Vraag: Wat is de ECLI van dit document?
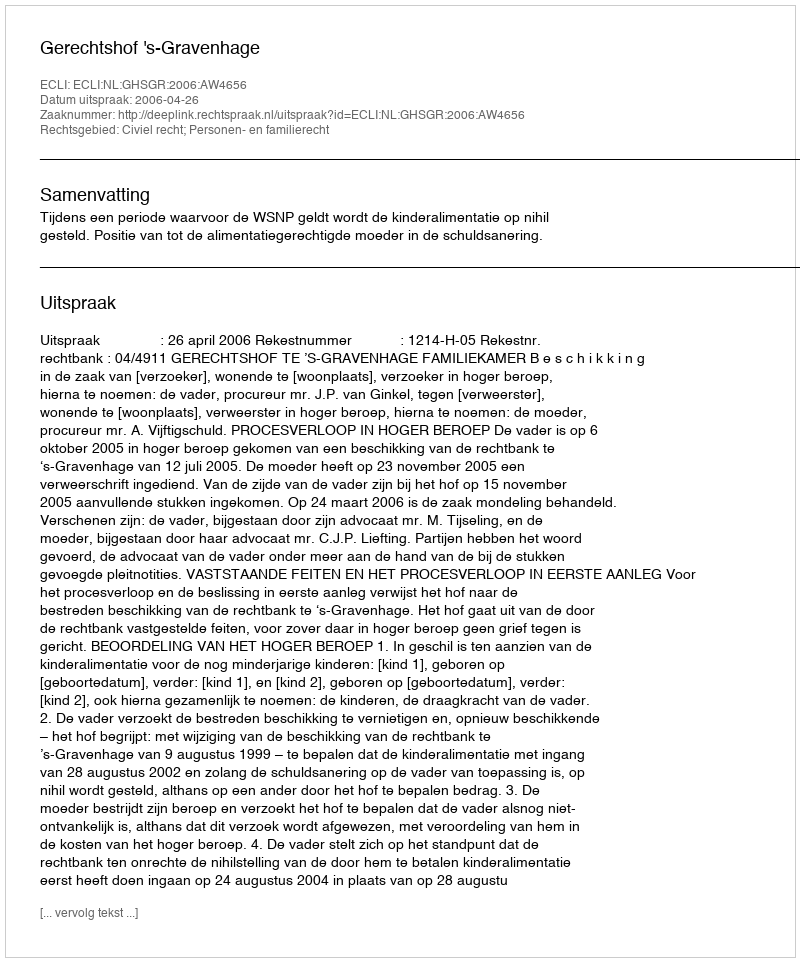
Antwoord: ECLI:NL:GHSGR:2006:AW4656